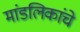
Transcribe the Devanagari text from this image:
मांडलिकांचे